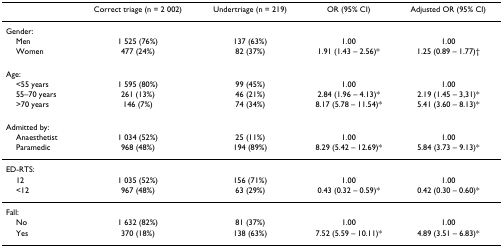
|  | Correct triage (n = 2 002) | Undertriage (n = 219) | OR (95% CI) | Adjusted OR (95% CI) |
 | --- | --- | --- | --- | --- |
 | Gender: |  |  |  |  |
 | Men | 1 525 (76%) | 137 (63%) | 1.00 | 1.00 |
 | Women | 477 (24%) | 82 (37%) | 1.91 (1.43 – 2.56)* | 1.25 (0.89 – 1.77)† |
 | Age: |  |  |  |  |
 | <55 years | 1 595 (80%) | 99 (45%) | 1.00 | 1.00 |
 | 55–70 years | 261 (13%) | 46 (21%) | 2.84 (1.96 – 4.13)* | 2.19 (1.45 – 3,31)* |
 | >70 years | 146 (7%) | 74 (34%) | 8.17 (5.78 – 11.54)* | 5.41 (3.60 – 8.13)* |
 | Admitted by: |  |  |  |  |
 | Anaesthetist | 1 034 (52%) | 25 (11%) | 1.00 | 1.00 |
 | Paramedic | 968 (48%) | 194 (89%) | 8.29 (5.42 – 12.69)* | 5.84 (3.73 – 9.13)* |
 | ED-RTS: |  |  |  |  |
 | 12 | 1 035 (52%) | 156 (71%) | 1.00 | 1.00 |
 | <12 | 967 (48%) | 63 (29%) | 0.43 (0.32 – 0.59)* | 0.42 (0.30 – 0.60)* |
 | Fall: |  |  |  |  |
 | No | 1 632 (82%) | 81 (37%) | 1.00 | 1.00 |
 | Yes | 370 (18%) | 138 (63%) | 7.52 (5.59 – 10.11)* | 4.89 (3.51 – 6.83)* |